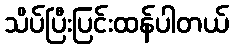
သိပ်ပြီးပြင်းထန်ပါတယ်